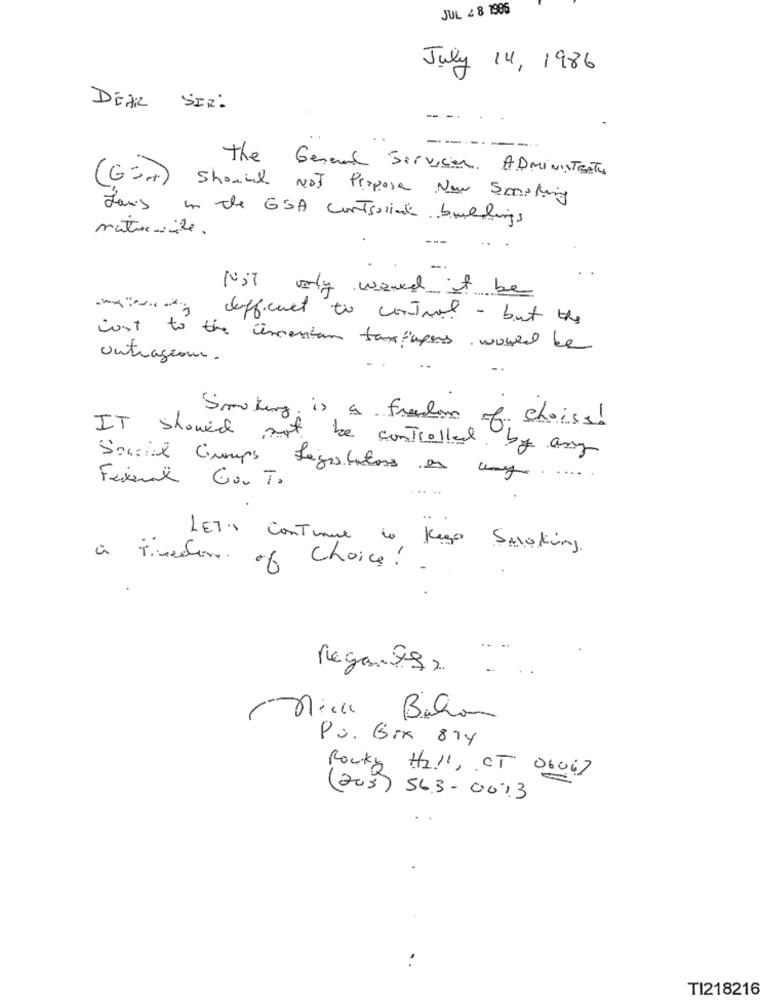
JUL 2 8 1986
July 14, 1986
DEAR
SIR :
------
The General Servicios ADMINISTRATI
(G=) Should NOT Propose New Smoking
dans in the GSA controlinte buildings
maturite.
---
...
would it be
Jeffcet
IT control - but the
want to the uhrentan tancupens would be
outrageous.
Smoking is a freedom
choise!
IT showed not be controlled
by any
Social Groups Legislators en ung
Federal Gov T.
LET'S Continue to Keep Smoking
a timeder of Choice ! !
Regantes2 .
Mick Balon
Pa. Grx 814
Rocky Hill, CT 06067
(205) 563-0013
TI218216